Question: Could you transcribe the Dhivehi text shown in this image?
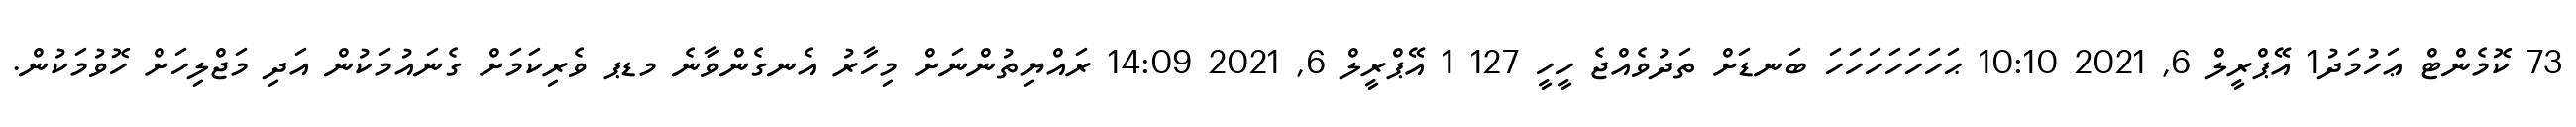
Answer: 73 ކޮމެންޓް ޢަހުމަދު1 އޭޕްރީލް 6, 2021 10:10 ޙަހަހަހަހަހަހަ ބަނޑަށް ތަދުވެއްޖެ ހީހީ 127 1 އޭޕްރީލް 6, 2021 14:09 ރައްޔިތުންނަށް މިހާރު އެނގެންވާނެ މޑޕ ވެރިކަމަށް ގެނައުމަކުން އަދި މަޖްލިހަށް ހޮވުމަކުން.